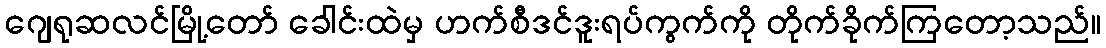
ဂျေရုဆလင်မြို့တော် ခေါင်းထဲမှ ဟက်စီဒင်ဒူးရပ်ကွက်ကို တိုက်ခိုက်ကြတော့သည်။